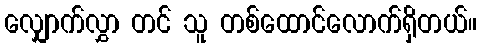
လျှောက်လွှာ တင် သူ တစ်ထောင်လောက်ရှိတယ်။